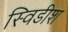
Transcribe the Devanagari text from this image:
स्विडीश